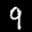
Label: 9